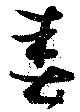
春